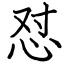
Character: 怼